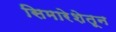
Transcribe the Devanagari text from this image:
सिमारेशेतून